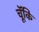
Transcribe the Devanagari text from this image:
चॅूकि